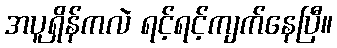
အပူရှိန်ကလဲ ရင့်ရင့်ကျက်နေပြီ။